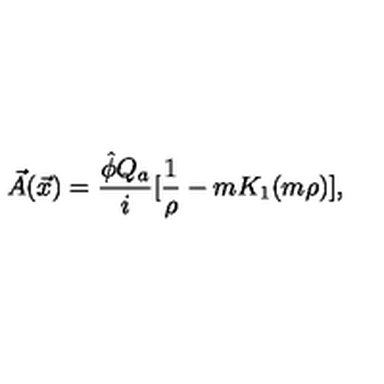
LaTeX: \vec { A } ( \vec { x } ) = \frac { \hat { \phi } Q _ { a } } { i } [ \frac { 1 } { \rho } - m K _ { 1 } ( m \rho ) ] ,